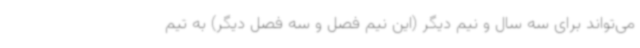
می‌تواند برای سه سال و نیم دیگر (این نیم فصل و سه فصل دیگر) به تیم